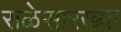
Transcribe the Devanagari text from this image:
राळेसारख्या